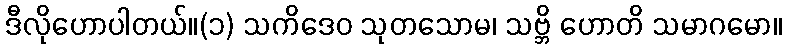
ဒီလိုဟောပါတယ်။(၁) သကိဒေဝ သုတသောမ၊ သဗ္ဘိ ဟောတိ သမာဂမော။